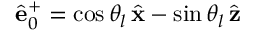
\hat { \bf e } _ { 0 } ^ { + } = \cos \theta _ { l } \, \hat { \bf x } - \sin \theta _ { l } \, \hat { \bf z }